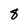
Character: 8